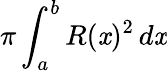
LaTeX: \pi\int_{a}^{b}R(\mathit{x})^{2}\, d\mathit{x}